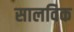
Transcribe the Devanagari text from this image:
सालविक